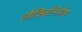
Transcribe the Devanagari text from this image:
लैक्विनिमोड